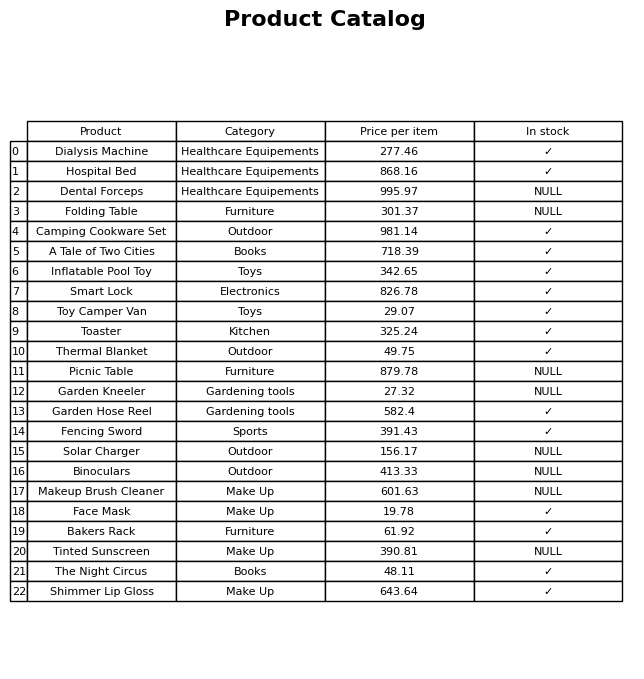
question: Is the Shimmer Lip Gloss in stock?
answer: ✓